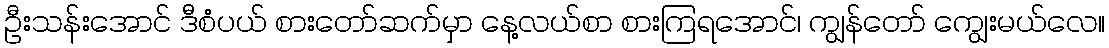
ဦးသန်းအောင် ဒီစံပယ် စားတော်ဆက်မှာ နေ့လယ်စာ စားကြရအောင်၊ ကျွန်တော် ကျွေးမယ်လေ။